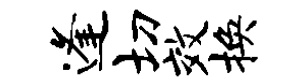
逢切效换